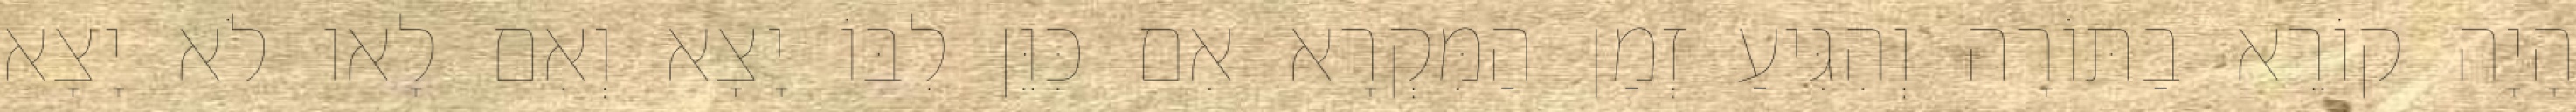
הָיָה קוֹרֵא בַתּוֹרָה וְהִגִּיעַ זְמַן הַמִּקְרָא אִם כִּוֵּן לִבּוֹ יָצָא וְאִם לָאו לֹא יָצָא